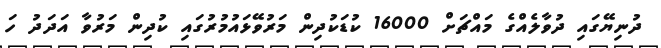
ދުނިޔޭގައި ދުވާލެއްގެ މައްޗަށް 16000 ކުޑަކުދިން މަރުވޭޅައުމުރުގައި ކުދިން މަރުވާ އަދަދު ހަ